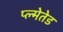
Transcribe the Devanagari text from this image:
प्ल्मेतेड